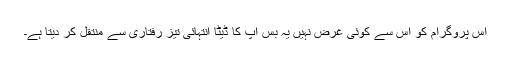
اس پروگرام کو اس سے کوئی غرض نہیں یہ بس آپ کا ڈیٹا انتہائی تیز رفتاری سے منتقل کر دیتا ہے۔